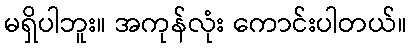
မရှိပါဘူး။ အကုန်လုံး ကောင်းပါတယ်။